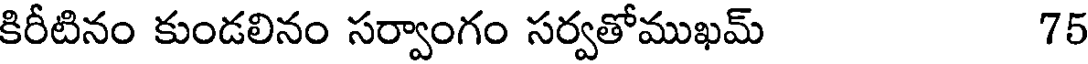
కిరీటినం కుండలినం సర్వాంగం సర్వతోముఖమ్ 75